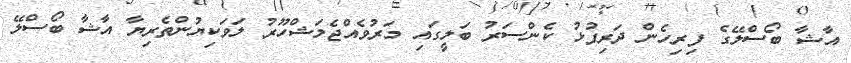
އާޝާ ބޯސްލޭގެ ފިިރިހެން ދަރިފުޅު ކެންސަރު ބަލީގައި މަރުވެއްޖެމަޝްހޫރު ލަވަކިޔުންތެރިޔާ އާޝާ ބޯސްލޭ